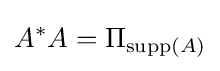
A^{*}A=\Pi _{\operatorname {supp} (A)}